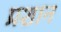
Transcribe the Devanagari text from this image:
प्रशान